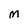
Character: M